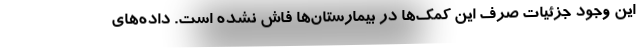
این وجود جزئیات صرف این کمک‌ها در بیمارستان‌ها فاش نشده است. داده‌های